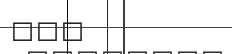
٢٠٤